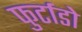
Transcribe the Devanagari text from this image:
फुर्टाडो